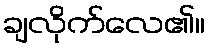
ချလိုက်လေ၏။